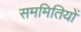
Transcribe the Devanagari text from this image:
सममितियों